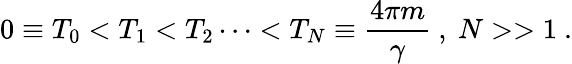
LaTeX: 0\equiv T_{0}<T_{1}<T_{2}\dots<T_{N}\equiv\frac{4\pi m}{\gamma}\ ,\ N>>1\ .